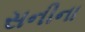
સનીના